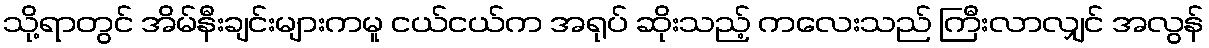
သို့ရာတွင် အိမ်နီးချင်းများကမူ ငယ်ငယ်က အရုပ် ဆိုးသည့် ကလေးသည် ကြီးလာလျှင် အလွန်